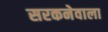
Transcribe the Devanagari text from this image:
सरकनेवाला